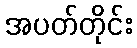
အပတ်တိုင်း